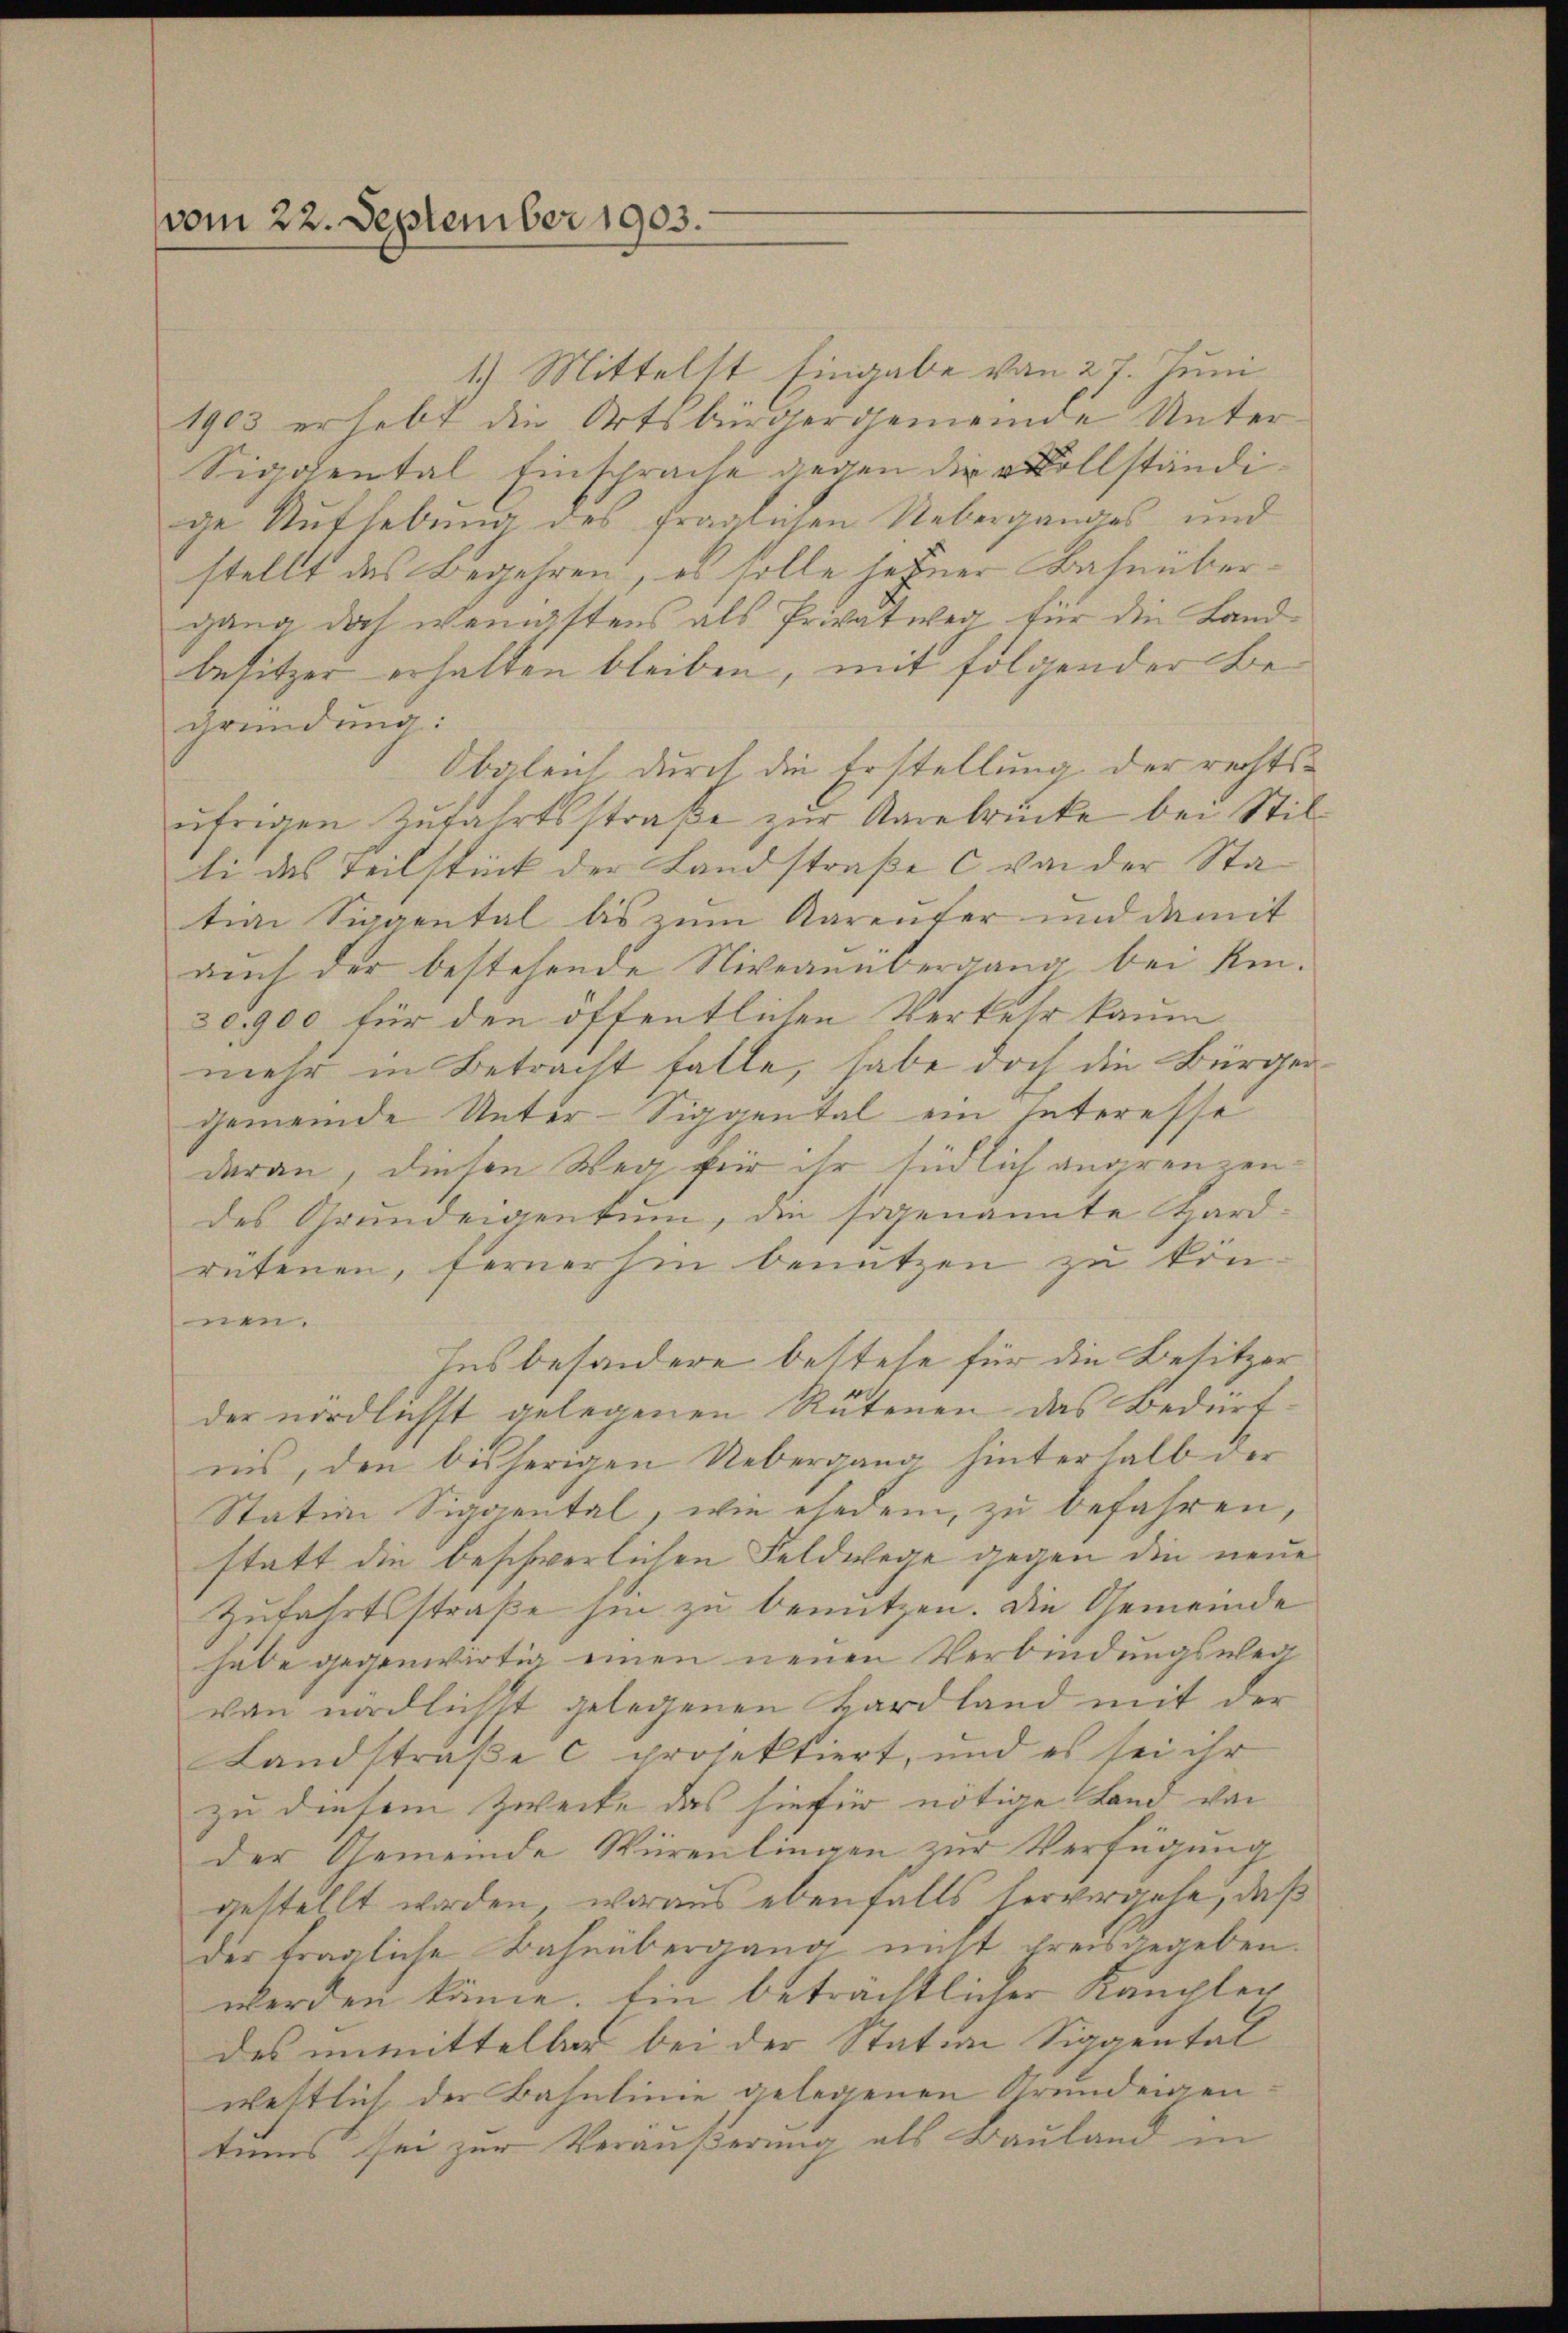
vom 22. September 1903.

1.) Mittelst Eingabe von 27. Juni
1903 erhebt die Ortsbürgergemeinde Unter¬
Siggental Einsprache gegen die vollständige Aufhebung des fraglichen Ueberganges und
stellt des Begehren, es solle seiner Bahnübergang doch wenigstens als Privatweg für die Landbesitzer erhalten bleiben, mit folgender Begründung:
Obgleich durch die Erstellung der rechtsufrigen Zufahrtsstraße zur Aarbrücke bei Stilli des Teilstück der Landstraße C von der Statin Sippental bis zum Aareuter und damit
auch der bestehende Niveauübergang bei Kin¬
30,900 für den öffentlichen Verkehr kaum
mehr in Betracht falle, habe doch die Bürgergemeinde Unter-Siggental ein Interesse
daran, diesen Weg für ihr südlich angrenzen
des Grundeigentum, die sogenannte Hardrütenen, fernerhin benutzen zu kön
nen.
Ins besondere bestehe für die Besitzer
der nördlichst gelegenen Rutenen das Bedürfnis, den bisherigen Uebergang hinterhalb der
Station Siggental, wie ehedem, zu befahren,
statt die beschwerlichen Feldwege gegen die neue
Zufahrtsstraße hin zu benutzen. Die Gemeinde
habe gegenwärtig einen neuen Verbindungsweg
von nördlichst gelegenen Hardland mit der
Landstraße c projektiert, und es sei ihr
zu diesem Zwecke das hiefür nötige Land von
der Gemeinde Würenlingen zur Verfügung
gestellt worden, woraus ebenfalls hervorgehe, daß
der trägliche Bahnübergang nicht preisgegeben.
werden käme. Ein beträchtlicher Kauchter
des unmittelbar bei der Station Siggental
westlich der Bahnlinie gelegenen Grundeigentums sei zur Veräußerung als Bauland in